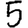
Digit: 5